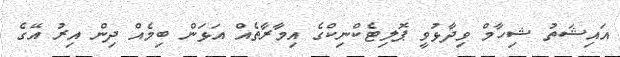
އައިޝަތު ޝިހާމް ވިދާޅުވީ ޕޮލިޓެކްނިކްގެ އިމާރާތެއް އަޅަން ބިމެއް ދިން އިރު އޭގެ